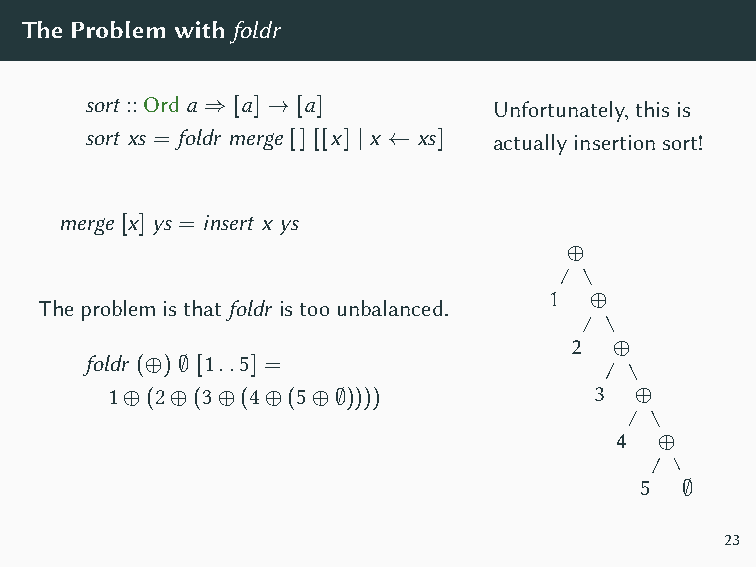
Mergesortcruciallydividestheworkinabalancedway!
 TheProblemwithfoldr
 sort ::Ord a ⇒ [a] → [a]   Unfortunately,thisis
 sort xs = foldr merge [] [[x] | x ← xs] actuallyinsertionsort!
 merge [x] ys = insert x ys
 ⊕
 Theproblemisthatfoldr istoounbalanced. 1 ⊕
 2  ⊕
 foldr (⊕) ∅ [1..5] =
 1⊕(2⊕(3⊕(4⊕(5⊕∅))))             3  ⊕
 4  ⊕
 5  ∅
 23